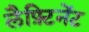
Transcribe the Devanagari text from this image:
लैफ़्टिनेंट